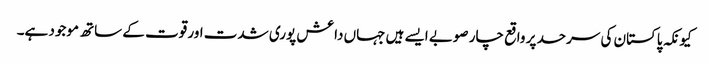
کیونکہ پاکستان کی سرحد پر واقع چار صوبے ایسے ہیں جہاں داعش پوری شدت اور قوت کے ساتھ موجود ہے۔